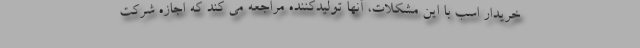
خریدار اسب با این مشکلات، آنها تولیدکننده مراجعه می کند که اجازه شرکت